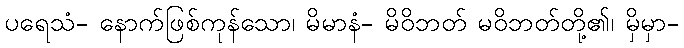
ပရေသံ- နောက်ဖြစ်ကုန်သော၊ မိမာနံ- မိဝိဘတ် မဝိဘတ်တို့၏၊ မှိမှာ-